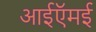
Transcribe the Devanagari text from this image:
आईऍमई